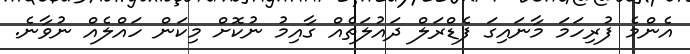
އެންމެ ފުރިހަމަ މާނައިގަ ފެޑްރަލް ދައުލަތެއް ގާއިމު ނުކޮށް މިކަން ހައްލެއް ނުވާނެ.